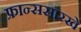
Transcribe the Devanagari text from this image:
फ्रान्ससारखे